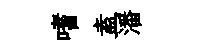
嗜盍潘